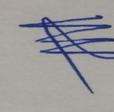
Signature authenticity: genuine